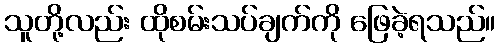
သူတို့လည်း ထိုစမ်းသပ်ချက်ကို ဖြေခဲ့ရသည်။